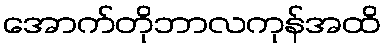
အောက်တိုဘာလကုန်အထိ